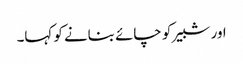
اور شبیر کو چائے بنانے کو کہا۔